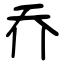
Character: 乔